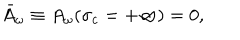
LaTeX: \bar { A } _ { \omega } \equiv A _ { \omega } ( \sigma _ { c } = + \infty ) = 0 ,